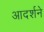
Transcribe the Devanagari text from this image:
आदर्शने